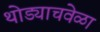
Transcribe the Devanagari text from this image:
थोड्याचवेळा